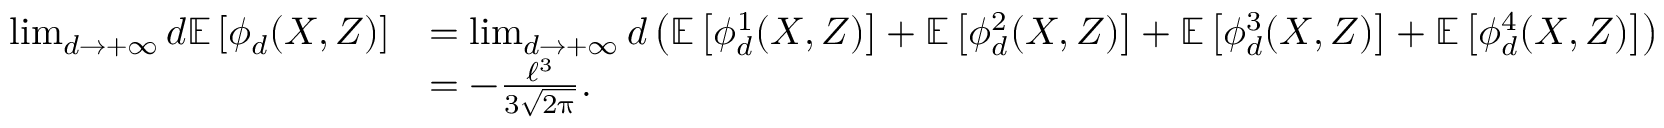
\begin{array} { r l } { \operatorname* { l i m } _ { d \to + \infty } d \ensuremath { \mathbb { E } \left[ \phi _ { d } ( X , Z ) \right] } } & { = \operatorname* { l i m } _ { d \to + \infty } d \left( \ensuremath { \mathbb { E } \left[ \phi _ { d } ^ { 1 } ( X , Z ) \right] } + \ensuremath { \mathbb { E } \left[ \phi _ { d } ^ { 2 } ( X , Z ) \right] } + \ensuremath { \mathbb { E } \left[ \phi _ { d } ^ { 3 } ( X , Z ) \right] } + \ensuremath { \mathbb { E } \left[ \phi _ { d } ^ { 4 } ( X , Z ) \right] } \right) } \\ & { = - \frac { \ell ^ { 3 } } { 3 \sqrt { 2 \uppi } } . } \end{array}